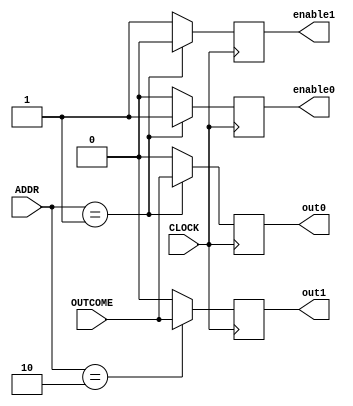
module demultiplexer (
    input CLOCK,
    output wire out0,
    output wire enable0,
    output wire out1,
    output wire enable1,
    input [2:0] ADDR,
    input OUTCOME
);

reg out0_reg, out1_reg;
reg enable0_reg, enable1_reg;

always @(posedge CLOCK)
begin
    case (ADDR)
        3'b001: begin
            out0_reg <= OUTCOME;
            enable0_reg <= 1'b1;
            out1_reg <= 1'b0;
            enable1_reg <= 1'b0;
        end
        3'b010: begin
            out1_reg <= OUTCOME;
            enable1_reg <= 1'b1;
            out0_reg <= 1'b0;
            enable0_reg <= 1'b0;
        end
        default: begin
            out0_reg <= 1'b0;
            out1_reg <= 1'b0;
            enable0_reg <= 1'b0;
            enable1_reg <= 1'b1;
        end
    endcase
end

assign out0 = out0_reg;
assign out1 = out1_reg;
assign enable0 = enable0_reg;
assign enable1 = enable1_reg;

endmodule